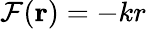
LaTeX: \mathcal{F}(\mathbf{{r}})=-kr